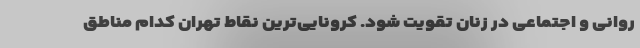
روانی و اجتماعی در زنان تقویت شود. کرونایی‌ترین نقاط تهران کدام مناطق